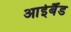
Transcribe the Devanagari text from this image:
आईबैंड